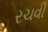
રચવી